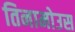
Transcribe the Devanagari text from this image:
तिनामोउस